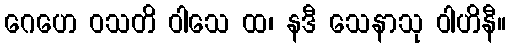
ဂေဟေ ဝသတိ ဝါသေ ထ၊ နဒီ သေနာသု ဝါဟိနီ။